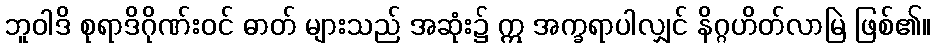
ဘူဝါဒိ စုရာဒိဂိုဏ်းဝင် ဓာတ် များသည် အဆုံး၌ ဣ အက္ခရာပါလျှင် နိဂ္ဂဟိတ်လာမြဲ ဖြစ်၏။